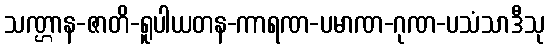
သဏ္ဌာန-ဇာတိ-ရူပါယတန-ကာရဏ-ပမာဏ-ဂုဏ-ပသံသာဒီသု